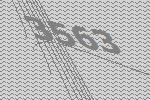
3563